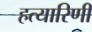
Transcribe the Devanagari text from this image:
हत्यारिणी